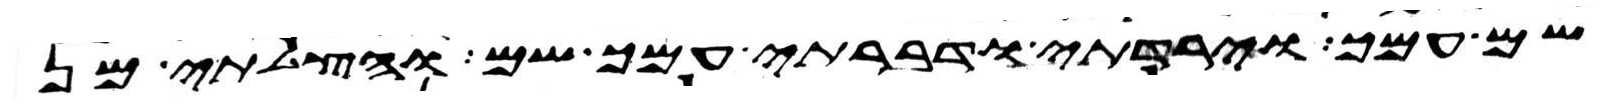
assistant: שם עמך וירדתי ודברתי עמך שם והצלתי מן